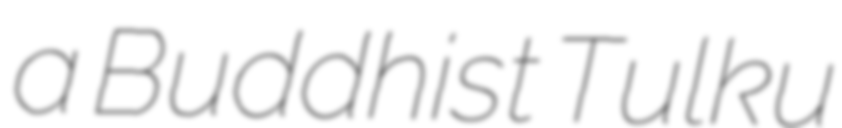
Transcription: a Buddhist Tulku